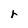
Character: r